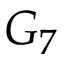
G _ { 7 }